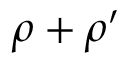
\rho + \ensuremath { \rho ^ { \prime } }